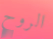
الروح